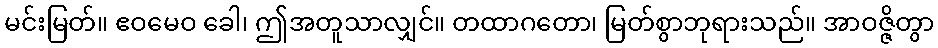
မင်းမြတ်။ ဧဝမေဝ ခေါ၊ ဤအတူသာလျှင်။ တထာဂတော၊ မြတ်စွာဘုရားသည်။ အာဝဇ္ဇိတွာ